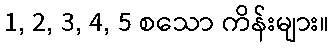
1, 2, 3, 4, 5 စသော ကိန်းများ။